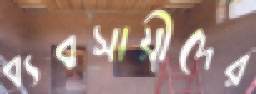
ব্যবসায়ীদের